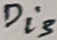
Text: Di3